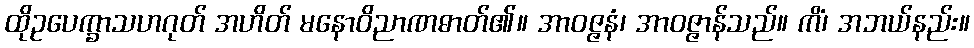
ထိုဥပေက္ခာသဟဂုတ် အဟိတ် မနောဝိညာဏဓာတ်၏။ အာဝဇ္ဇနံ၊ အာဝဇ္ဇာန်သည်။ ကိံ၊ အဘယ်နည်း။